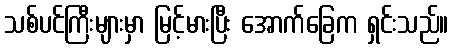
သစ်ပင်ကြီးများမှာ မြင့်မားပြီး အောက်ခြေက ရှင်းသည်။